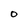
Character: 0